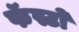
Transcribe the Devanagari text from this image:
फॅस्टो